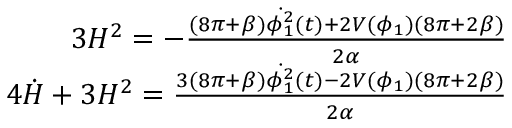
\begin{array} { r l r } & { } & { 3 H ^ { 2 } = - \frac { ( 8 \pi + \beta ) { \dot { \phi _ { 1 } ^ { 2 } } } ( t ) + 2 V ( \phi _ { 1 } ) ( 8 \pi + 2 \beta ) } { 2 \alpha } } \\ & { } & { 4 \dot { H } + 3 H ^ { 2 } = \frac { 3 ( 8 \pi + \beta ) { \dot { \phi _ { 1 } ^ { 2 } } } ( t ) - 2 V ( \phi _ { 1 } ) ( 8 \pi + 2 \beta ) } { 2 \alpha } } \end{array}